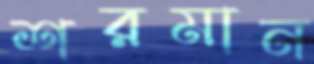
শরমান